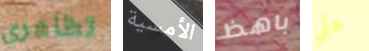
تظاهري الأمسية باهظ على